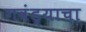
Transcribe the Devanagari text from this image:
गवंड्याचा